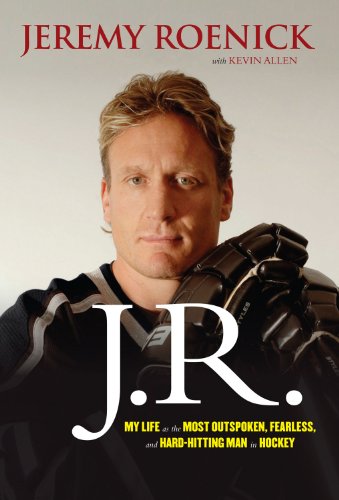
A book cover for J.R.: My Life as the Most Outspoken, Fearless, and Hard-Hitting Man in Hockey; Jeremy Roenick; Biographies & Memoirs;